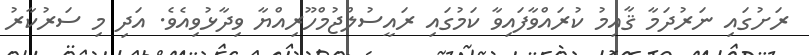
ރަށުގައި ނަރުދަމާ ޤާއިމު ކުރައްވާފައިވާ ކަމުގައި ރައީސުލްޖުމްހޫރިއްޔާ ވިދާޅުވިއެވެ. އަދި މި ސަރުކާރު